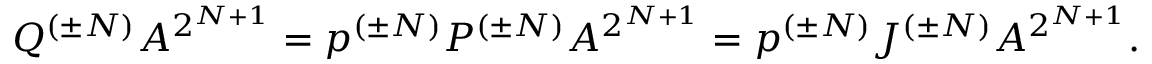
Q ^ { ( \pm N ) } A ^ { 2 ^ { N + 1 } } = p ^ { ( \pm N ) } P ^ { ( \pm N ) } A ^ { 2 ^ { N + 1 } } = p ^ { ( \pm N ) } { \cal J } ^ { ( \pm N ) } A ^ { 2 ^ { N + 1 } } .